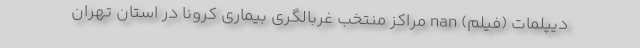
دیپلمات (فیلم) nan مراکز منتخب غربالگری بیماری کرونا در استان تهران